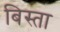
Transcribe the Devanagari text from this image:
बिस्ता